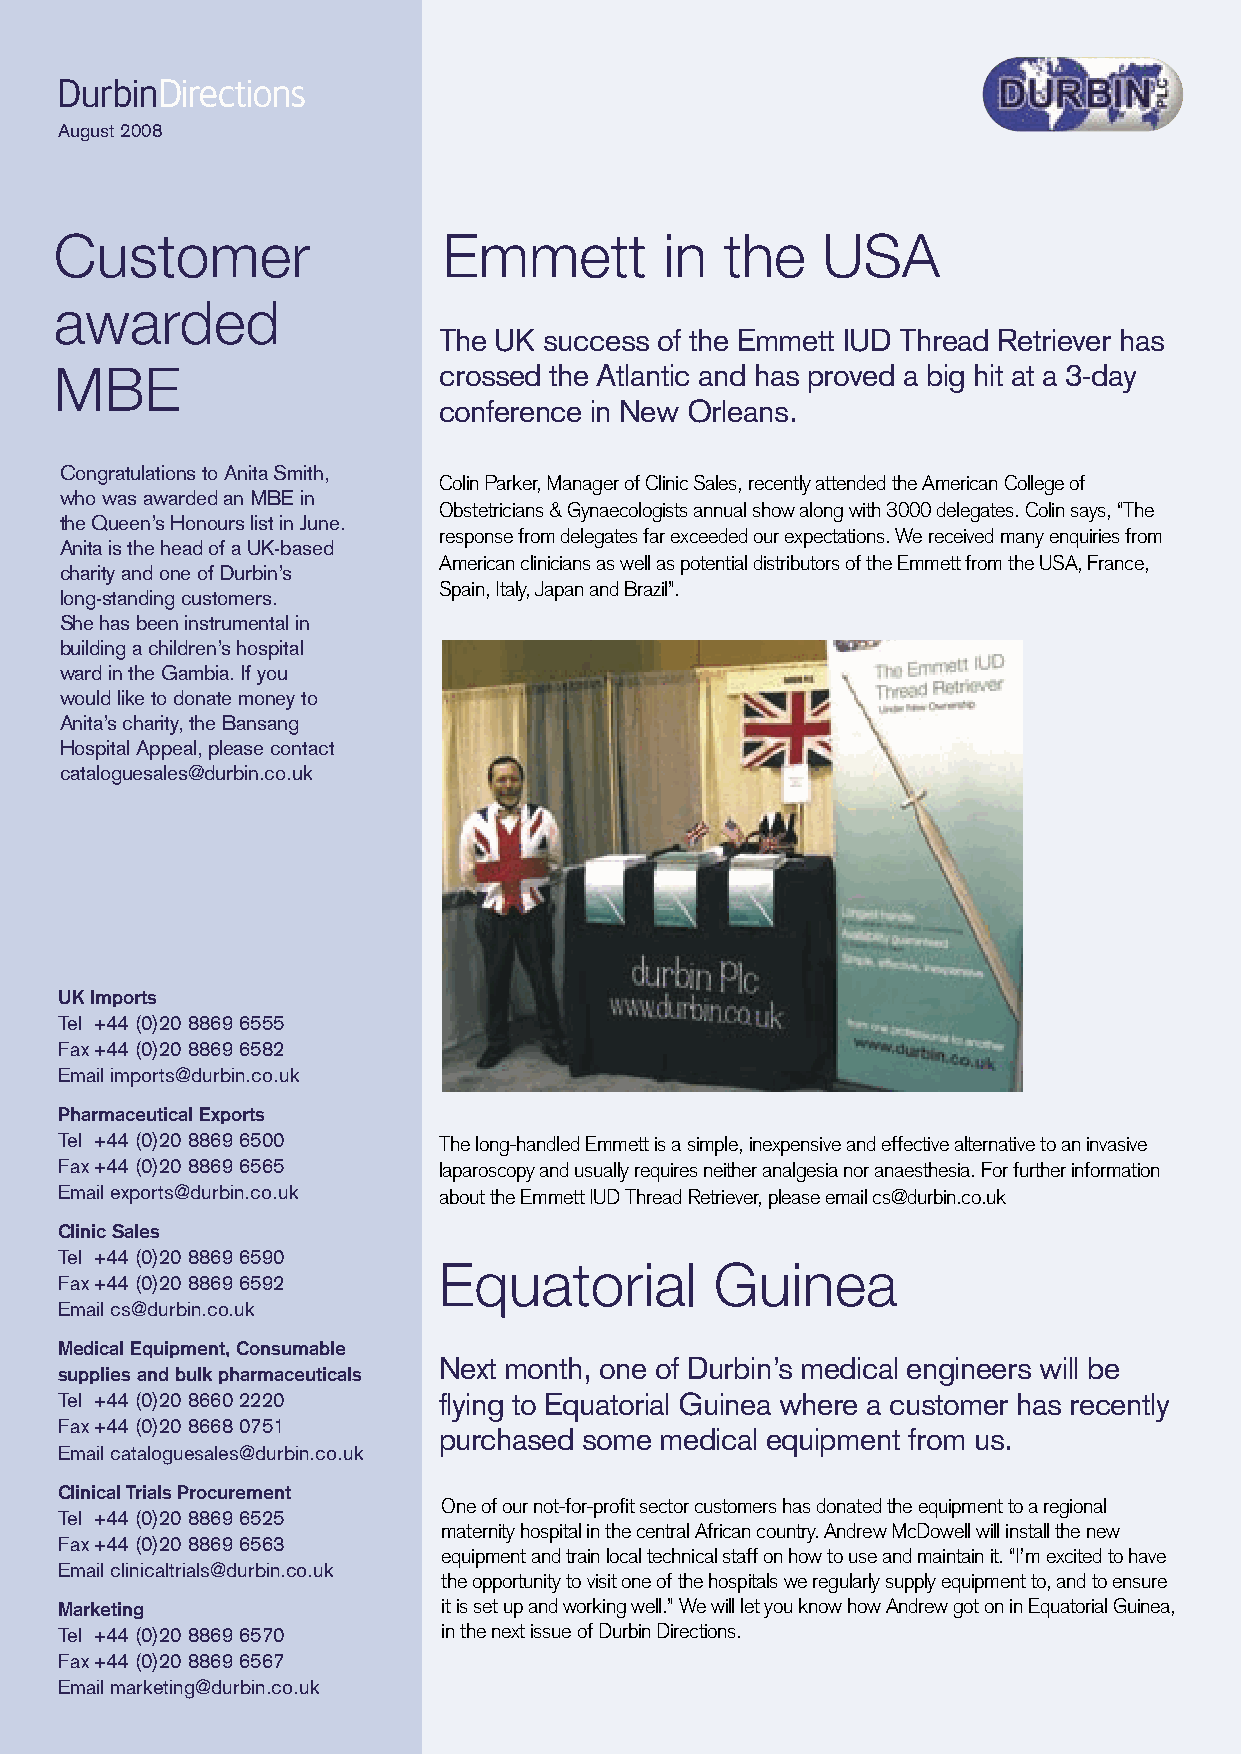
DurbinDirections
 August 2008
 Customer                 Emmett         in  the   USA
 awarded
 The UK success of the Emmett IUD Thread Retriever has
 MBE                      crossed the Atlantic and has proved a big hit at a 3-day
 conference in New Orleans.
 Congratulations to Anita Smith,
 Colin Parker, Manager of Clinic Sales, recently attended the American College of
 who was awarded an MBE in
 Obstetricians & Gynaecologists annual show along with 3000 delegates. Colin says, “The
 the Queen’s Honours list in June.
 response from delegates far exceeded our expectations. We received many enquiries from
 Anita is the head of a UK-based
 American clinicians as well as potential distributors of the Emmett from the USA, France,
 charity and one of Durbin’s
 Spain, Italy, Japan and Brazil”.
 long-standing customers.
 She has been instrumental in
 building a children’s hospital
 ward in the Gambia. If you
 would like to donate money to
 Anita’s charity, the Bansang
 Hospital Appeal, please contact
 cataloguesales@durbin.co.uk
 UK Imports
 Tel +44 (0)20 8869 6555
 Fax +44 (0)20 8869 6582
 Email imports@durbin.co.uk
 Pharmaceutical Exports
 Tel +44 (0)20 8869 6500  The long-handled Emmett is a simple, inexpensive and effective alternative to an invasive
 Fax +44 (0)20 8869 6565  laparoscopy and usually requires neither analgesia nor anaesthesia. For further information
 Email exports@durbin.co.uk about the Emmett IUD Thread Retriever, please email cs@durbin.co.uk
 Clinic Sales
 Tel +44 (0)20 8869 6590
 Equatorial        Guinea
 Fax +44 (0)20 8869 6592
 Email cs@durbin.co.uk
 Medical Equipment, Consumable
 Next month, one of Durbin’s medical engineers will be
 supplies and bulk pharmaceuticals
 Tel +44 (0)20 8660 2220  flying to Equatorial Guinea where a customer has recently
 Fax +44 (0)20 8668 0751
 purchased some medical equipment from us.
 Email cataloguesales@durbin.co.uk
 Clinical Trials Procurement
 One of our not-for-profit sector customers has donated the equipment to a regional
 Tel +44 (0)20 8869 6525
 maternity hospital in the central African country. Andrew McDowell will install the new
 Fax +44 (0)20 8869 6563
 equipment and train local technical staff on how to use and maintain it. “I’m excited to have
 Email clinicaltrials@durbin.co.uk
 the opportunity to visit one of the hospitals we regularly supply equipment to, and to ensure
 Marketing                it is set up and working well.” We will let you know how Andrew got on in Equatorial Guinea,
 Tel +44 (0)20 8869 6570  in the next issue of Durbin Directions.
 Fax +44 (0)20 8869 6567
 Email marketing@durbin.co.uk